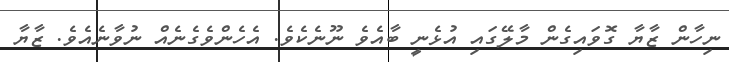
ނިހާން ޒާޔާ ގޮވައިގެން މާލޭގައި އުޅެނީ ބާއެވެ ނޫނެކެވެ. އެހެންވެގެނެއް ނުވާނެއެވެ. ޒާޔާ